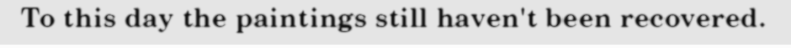
To this day the paintings still haven't been recovered.